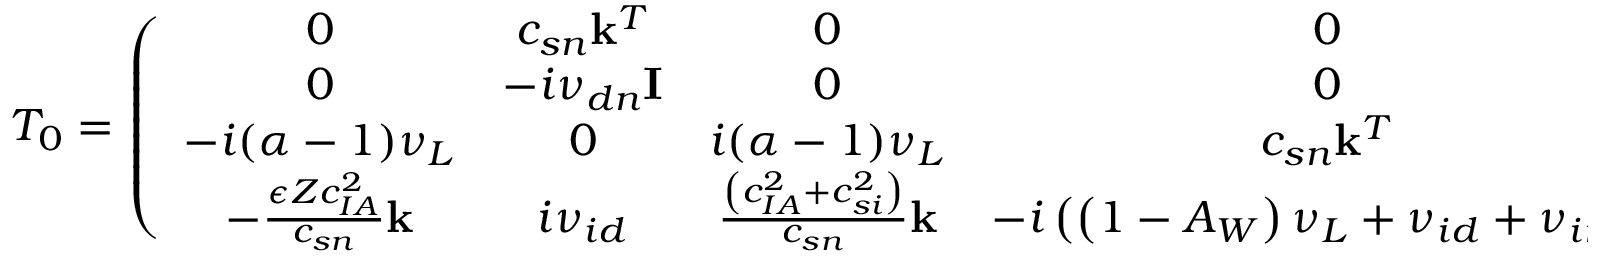
T _ { 0 } = \left( \begin{array} { c c c c } { 0 } & { c _ { { s n } } \mathbf { k } ^ { T } } & { 0 } & { 0 } \\ { 0 } & { - i \nu _ { { d n } } \mathbf { I } } & { 0 } & { 0 } \\ { - i ( \alpha - 1 ) \nu _ { { L } } } & { 0 } & { i ( \alpha - 1 ) \nu _ { { L } } } & { c _ { { s n } } \mathbf { k } ^ { T } } \\ { - \frac { \epsilon Z c _ { { I A } } ^ { 2 } } { c _ { { s n } } } \mathbf { k } } & { i \nu _ { { i d } } } & { \frac { \left( c _ { { I A } } ^ { 2 } + c _ { { s i } } ^ { 2 } \right) } { c _ { { s n } } } \mathbf { k } } & { - i \left( \left( 1 - A _ { W } \right) \nu _ { { L } } + \nu _ { { i d } } + \nu _ { { i n } } \right) \mathbf { I } } \end{array} \right) , \ \ \ T _ { 1 } = \left( \begin{array} { c c c c } { 0 } & { 0 } & { 0 } & { 0 } \\ { \frac { \epsilon ^ { 2 } Z ^ { 2 } c _ { { I A } } ^ { 2 } } { c _ { { s n } } } \mathbf { k } } & { - i \nu _ { { i d } } \mathbf { I } } & { - \frac { \epsilon Z c _ { { I A } } ^ { 2 } } { c _ { { s n } } } \mathbf { k } } & { i \nu _ { { i d } } \mathbf { I } } \\ { 0 } & { 0 } & { 0 } & { 0 } \\ { 0 } & { 0 } & { 0 } & { 0 } \end{array} \right)